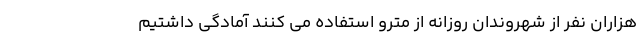
هزاران نفر از شهروندان روزانه از مترو استفاده می کنند آمادگی داشتیم